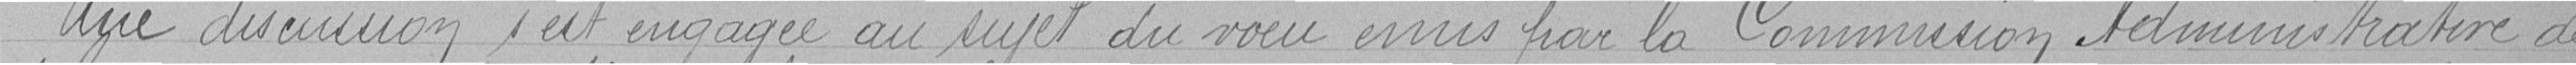
Une discussion s'est engagée au sujet du vœu émis par la Commission Administrative de